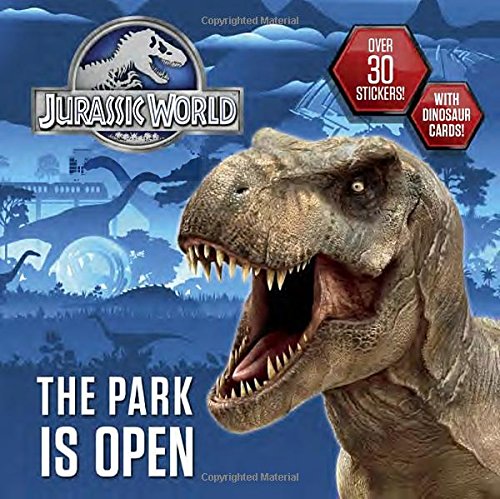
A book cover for The Park is Open (Jurassic World) (Pictureback(R)); Dennis R. Shealy; Children's Books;